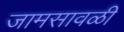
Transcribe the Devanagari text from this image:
जामसावळी